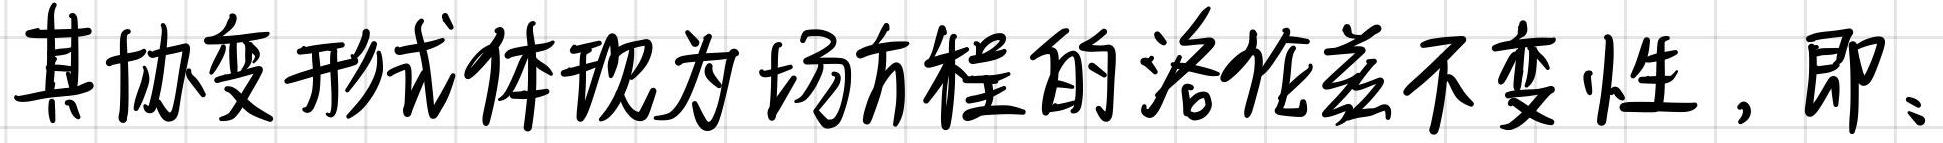
其协变形式体现为场方程的洛伦兹不变性，即：